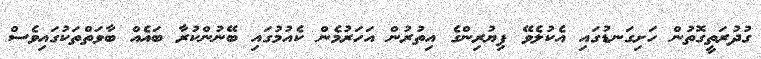
ގުދުރަތީގޮތުން ހަށިގަނޑުގައި އެކުލެވޭ ޕިޔުރިންގެ އިތުރުން އަހަރުމެން ކެއުމުގައި ބޭނުންކުރާ ބައެއް ބާވަތްތަކުގައިވެސް